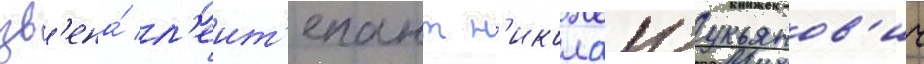
зв'ена́ л'еит'енант н'иколаи лукьянов'ич